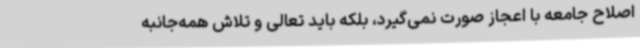
اصلاح جامعه با اعجاز صورت نمی‌گیرد، بلکه باید تعالی و تلاش همه‌جانبه